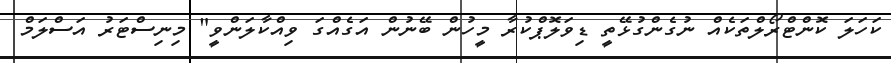
ކަހަލަ ކޮންޓްރޯލްތަކެއް ނުގެންގުޅޭތީ ޑިވަލޮޕްކުރާ މީހުން ބޭނުން އަގެއްގަ ވިއްކާލަންވީ" މިނިސްޓަރު އަސްލަމް